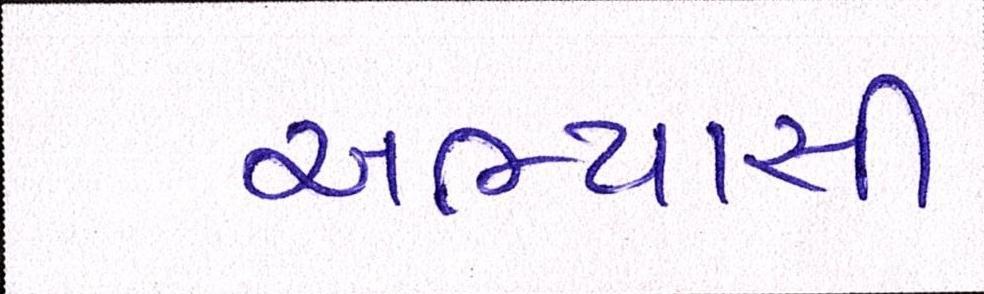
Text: અભ્યાસી